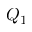
Q _ { 1 }